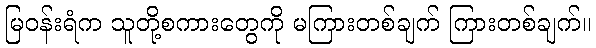
မြဝန်းရံက သူတို့စကားတွေကို မကြားတစ်ချက် ကြားတစ်ချက်။